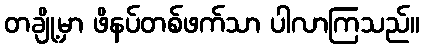
တချို့မှာ ဖိနပ်တစ်ဖက်သာ ပါလာကြသည်။